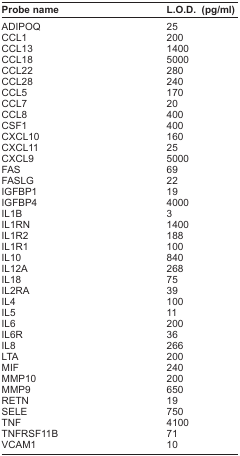
<table><thead><tr><td><b>Probe name</b></td><td><b>L.O.D. (pg/ml)</b></td></tr></thead><tbody><tr><td>ADIPOQ</td><td>25</td></tr><tr><td>CCL1</td><td>200</td></tr><tr><td>CCL13</td><td>1400</td></tr><tr><td>CCL18</td><td>5000</td></tr><tr><td>CCL22</td><td>280</td></tr><tr><td>CCL28</td><td>240</td></tr><tr><td>CCL5</td><td>170</td></tr><tr><td>CCL7</td><td>20</td></tr><tr><td>CCL8</td><td>400</td></tr><tr><td>CSF1</td><td>400</td></tr><tr><td>CXCL10</td><td>160</td></tr><tr><td>CXCL11</td><td>25</td></tr><tr><td>CXCL9</td><td>5000</td></tr><tr><td>FAS</td><td>69</td></tr><tr><td>FASLG</td><td>22</td></tr><tr><td>IGFBP1</td><td>19</td></tr><tr><td>IGFBP4</td><td>4000</td></tr><tr><td>IL1B</td><td>3</td></tr><tr><td>IL1RN</td><td>1400</td></tr><tr><td>IL1R2</td><td>188</td></tr><tr><td>IL1R1</td><td>100</td></tr><tr><td>IL10</td><td>840</td></tr><tr><td>IL12A</td><td>268</td></tr><tr><td>IL18</td><td>75</td></tr><tr><td>IL2RA</td><td>39</td></tr><tr><td>IL4</td><td>100</td></tr><tr><td>IL5</td><td>11</td></tr><tr><td>IL6</td><td>200</td></tr><tr><td>IL6R</td><td>36</td></tr><tr><td>IL8</td><td>266</td></tr><tr><td>LTA</td><td>200</td></tr><tr><td>MIF</td><td>240</td></tr><tr><td>MMP10</td><td>200</td></tr><tr><td>MMP9</td><td>650</td></tr><tr><td>RETN</td><td>19</td></tr><tr><td>SELE</td><td>750</td></tr><tr><td>TNF</td><td>4100</td></tr><tr><td>TNFRSF11B</td><td>71</td></tr><tr><td>VCAM1</td><td>10</td></tr></tbody></table>